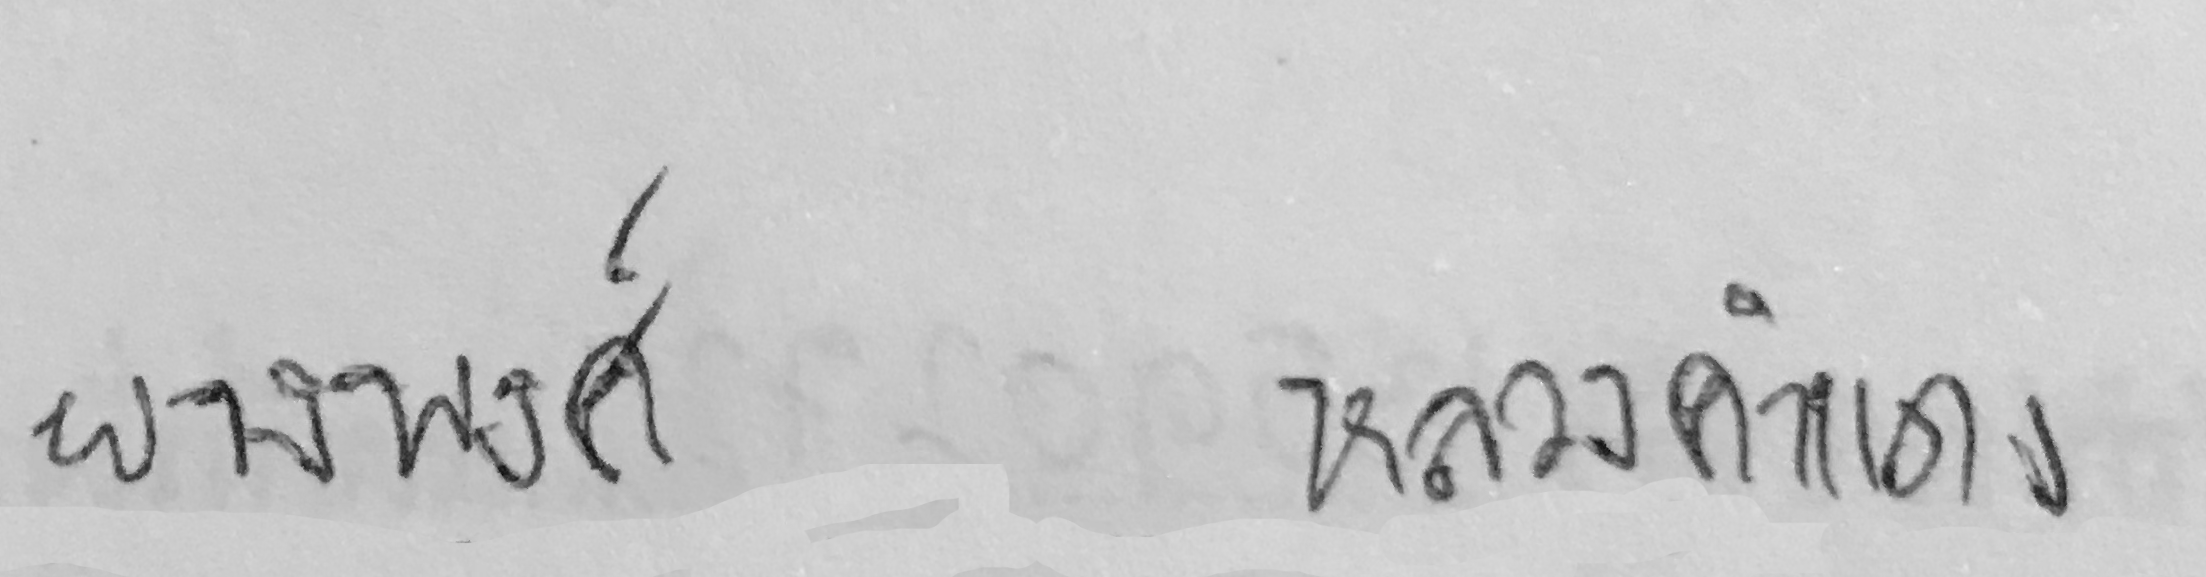
ผจงพงศ์ หลวงคำแดง